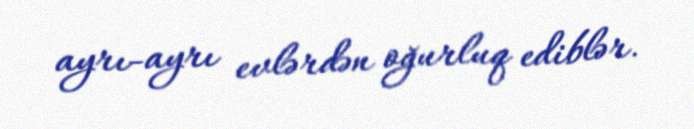
ayrı-ayrı evlərdən oğurluq ediblər.